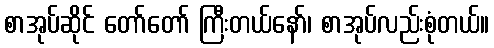
စာအုပ်ဆိုင် တော်တော် ကြီးတယ်နော်၊ စာအုပ်လည်းစုံတယ်။